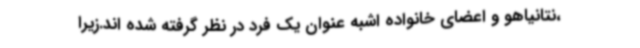
،نتانیاهو و اعضای خانواده اشبه عنوان یک فرد در نظر گرفته شده اند.زیرا